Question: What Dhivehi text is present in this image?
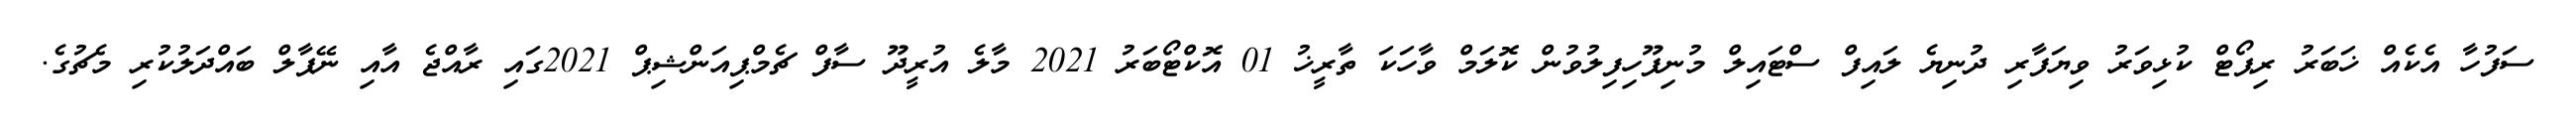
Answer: ސަފުހާ އެކެއް ޚަބަރު ރިޕޯޓް ކުޅިވަރު ވިޔަފާރި ދުނިޔެ ލައިފް ސްޓައިލް މުނިފޫހިފިލުވުން ކޮލަމް ވާހަކަ ތާރީޚު 01 އޮކްޓޯބަރު 2021 މާލެ އުރީދޫ ސާފް ޗެމްޕިއަންޝިޕް 2021ގައި ރާއްޖެ އާއި ނޭޕާލް ބައްދަލުކުރި މެޗުގެ.